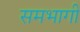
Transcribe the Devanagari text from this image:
समभागी